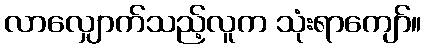
လာလျှောက်သည့်လူက သုံးရာကျော်။